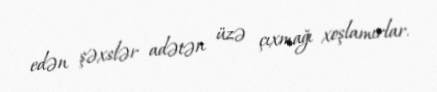
edən şəxslər adətən üzə çıxmağı xoşlamırlar.